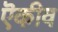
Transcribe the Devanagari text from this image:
ऎकीव